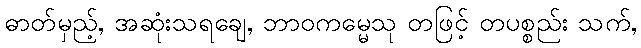
ဓာတ်မှည့်, အဆုံးသရချေ, ဘာဝကမ္မေသု တဖြင့် တပစ္စည်း သက်,